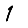
Digit: 1